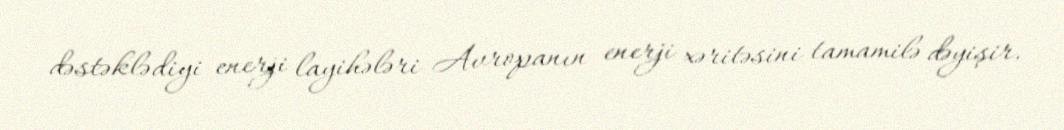
dəstəklədiyi enerji layihələri Avropanın enerji xəritəsini tamamilə dəyişir.